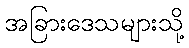
အခြားဒေသများသို့